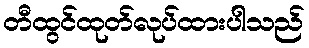
တီထွင်ထုတ်လုပ်ထားပါသည်